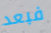
فبعد